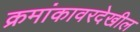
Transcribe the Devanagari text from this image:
क्रमांकावरदेखील